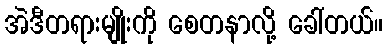
အဲဒီတရားမျိုးကို စေတနာလို့ ခေါ်တယ်။